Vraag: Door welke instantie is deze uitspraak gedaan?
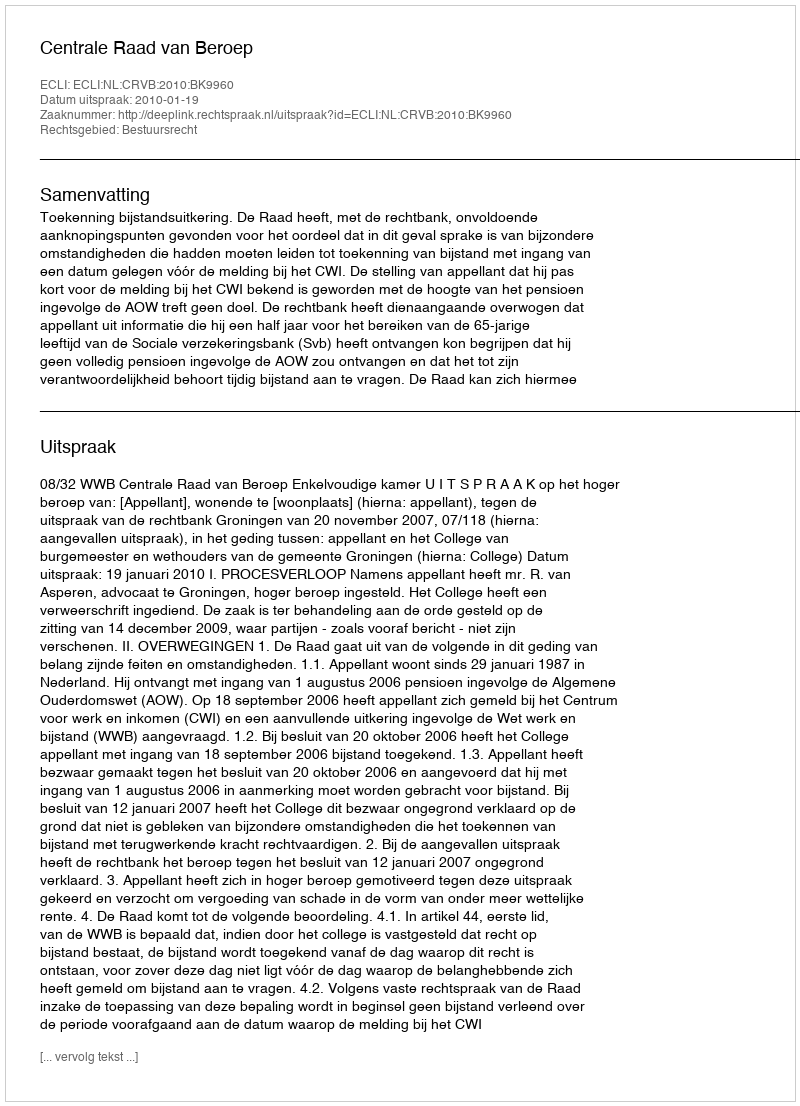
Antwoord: Centrale Raad van Beroep